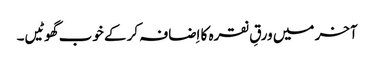
آخر میں ورقِ نقرہ کا اِضافہ کر کے خوب گھوٹیں۔